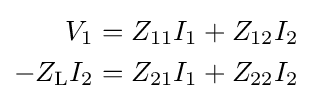
{\begin{aligned}V_{1}&=Z_{11}I_{1}+Z_{12}I_{2}\\-Z_{\mathrm {L} }I_{2}&=Z_{21}I_{1}+Z_{22}I_{2}\end{aligned}}